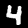
Digit: 4